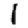
Digit: 1